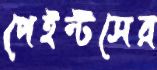
পেইন্টসের